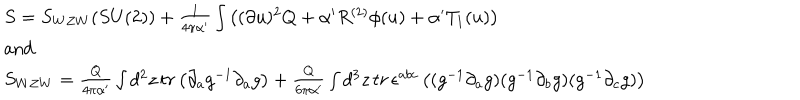
LaTeX: \begin{array} { l } { { S = S _ { W Z W } ( S U ( 2 ) ) + \frac { 1 } { 4 \pi \alpha ^ { \prime } } \int \left( ( \partial u ) ^ { 2 } Q + \alpha ^ { \prime } R ^ { ( 2 ) } \phi ( u ) + \alpha ^ { \prime } T _ { 1 } ( u ) \right) } } \\ { { \mathrm { a n d } } } \\ { { S _ { W Z W } = \frac { Q } { 4 \pi \alpha ^ { \prime } } \int d ^ { 2 } z \, t r \left( \partial _ { a } g ^ { - 1 } \partial _ { a } g \right) + \frac { Q } { 6 \pi \alpha ^ { \prime } } \int d ^ { 3 } z \, t r \, \epsilon ^ { a b c } \left( ( g ^ { - 1 } \partial _ { a } g ) ( g ^ { - 1 } \partial _ { b } g ) ( g ^ { - 1 } \partial _ { c } g ) \right) } } \\ \end{array}